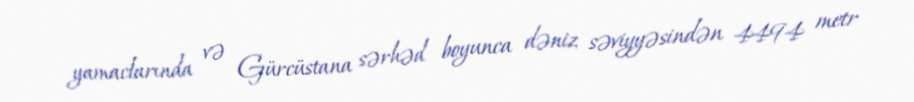
yamaclarında və Gürcüstana sərhəd boyunca dəniz səviyyəsindən 4494 metr